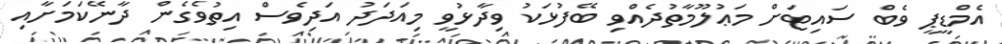
އެމްޑީޕީ ވެބް ސައިޓަށް މަޢުލޫމާތުދެއްވި ބޭފުޅަކު ވިދާޅުވީ މިއަދަދު އަދިވެސް އިތުވެގެން ދާނޭކަމަށާއި